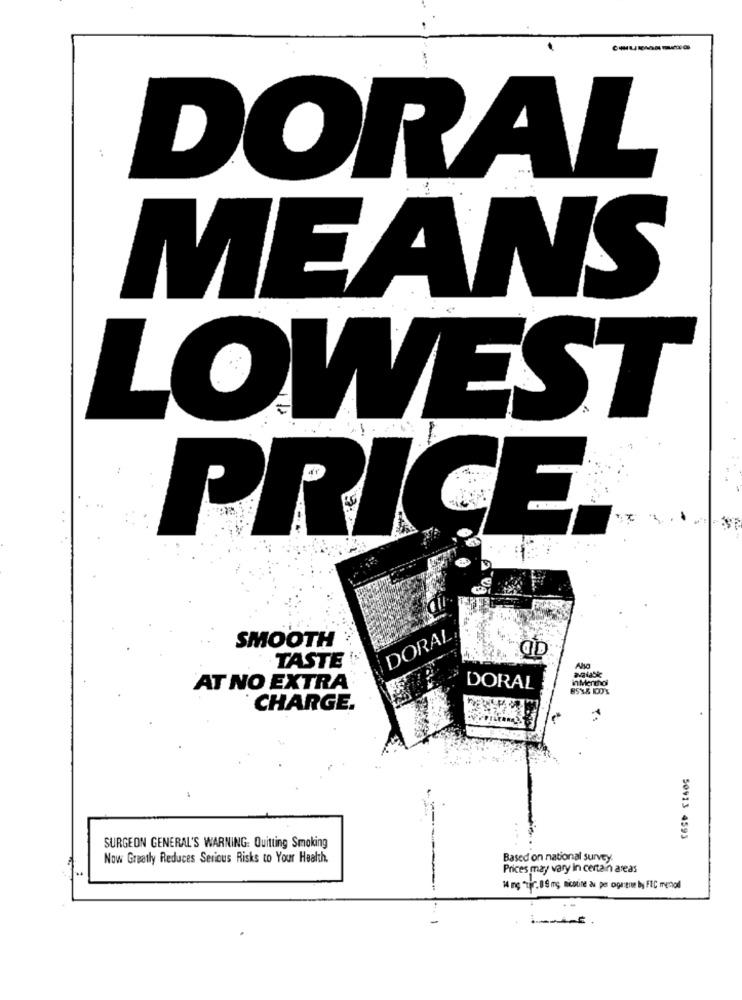
DORAL
MEANS
LOWEST
PRICE ..
DORAL
SMOOTH
TASTE
in Menthol
AT NO EXTRA
DORAL
CHARGE.
50913 4593
SURGEON GENERAL'S WARNING: Quitting Smoking
Now Greatly Reduces Serious Risks to Your Health.
Based on national survey.
Prices may vary in certain areas
HA Ing "tir. 0 8 mg nicotine du per ogrene by FIC mmnoll